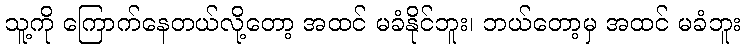
သူ့ကို ကြောက်နေတယ်လို့တော့ အထင် မခံနိုင်ဘူး၊ ဘယ်တော့မှ အထင် မခံဘူး